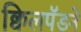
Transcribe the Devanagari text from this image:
क्विलपॅडने